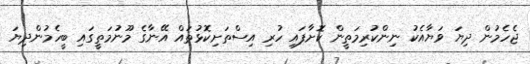
ޖެހެމުން ދިޔަ ވަޔާއެކު ނިންކުރިމަތީން ކޮށާފައި ހުރި އިސްތަށިކޮޅުތައް އޭނާގެ މޫނުމަތީގައި ބީހެމުންދިޔަ